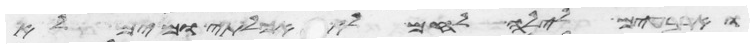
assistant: וארבעים לילה לחם לא אכלתי ומים לא